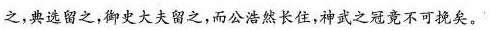
之，典选留之，御史大夫留之，而公浩然长住，神武之冠竟不可挽矣。